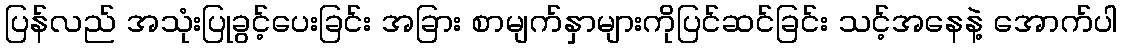
ပြန်လည် အသုံးပြုခွင့်ပေးခြင်း အခြား စာမျက်နှာများကိုပြင်ဆင်ခြင်း သင့်အနေနဲ့ အောက်ပါ